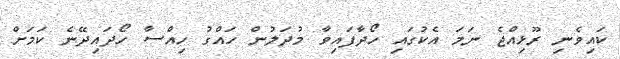
ކައިވެނި ރޫޅިއްޖެ ނަމަ އެކުގައި ހޯދާފައިވާ މުދަލުން ހައްގު ހިއްސާ ހޯދައިދޭނެ ކަމަށް